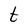
Character: t